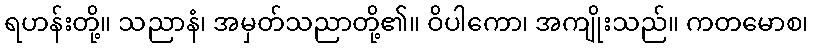
ရဟန်းတို့။ သညာနံ၊ အမှတ်သညာတို့၏။ ဝိပါကော၊ အကျိုးသည်။ ကတမောစ၊